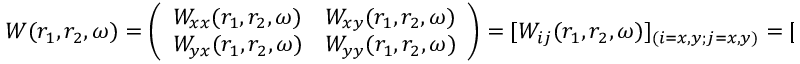
\centering W ( r _ { 1 } , r _ { 2 } , \omega ) = \left( \begin{array} { l l } { W _ { x x } ( r _ { 1 } , r _ { 2 } , \omega ) } & { W _ { x y } ( r _ { 1 } , r _ { 2 } , \omega ) } \\ { W _ { y x } ( r _ { 1 } , r _ { 2 } , \omega ) } & { W _ { y y } ( r _ { 1 } , r _ { 2 } , \omega ) } \end{array} \right) = [ W _ { i j } ( r _ { 1 } , r _ { 2 } , \omega ) ] _ { ( i = x , y ; j = x , y ) } = [ < E _ { i } ( r _ { 1 } , \omega ) E _ { j } ( r _ { 2 } , \omega ) > ] _ { ( i = x , y ; j = y , x ) }